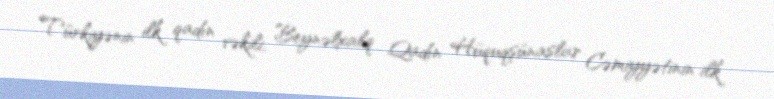
Türkiyənin ilk qadın vəkili, Beynəlxalq Qadın Hüquqşünaslar Cəmiyyətinin ilk